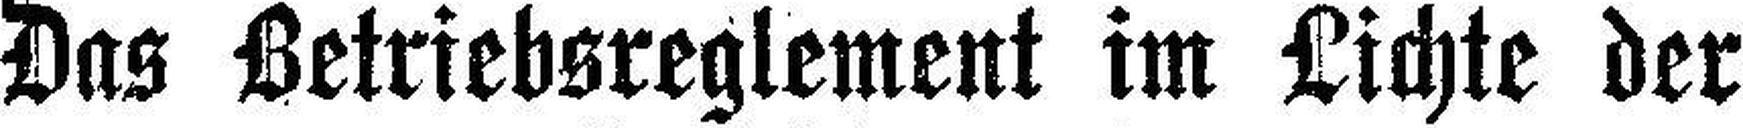
Das Betriebsreglement im Lichte der